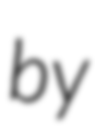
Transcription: by